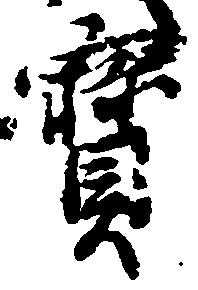
宝